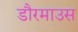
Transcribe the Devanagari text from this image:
डौरमाउस